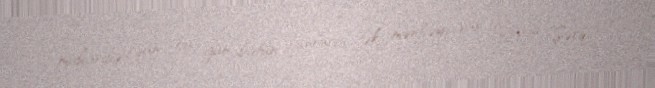
müharibə, qan.. bu gün bütün bunların tək mənbəyi var, Yaxın Şərq.